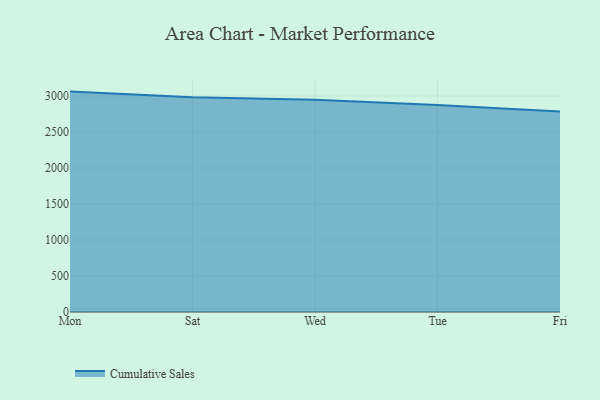
{"axis": {"x": "Day", "y": "Inventory Turnover"}, "legend": ["Cumulative Sales"], "data": [{"x": "Mon", "y": 3061.8, "type": "Cumulative Sales"}, {"x": "Sat", "y": 2984.9, "type": "Cumulative Sales"}, {"x": "Wed", "y": 2949.1, "type": "Cumulative Sales"}, {"x": "Tue", "y": 2875.7, "type": "Cumulative Sales"}, {"x": "Fri", "y": 2785.0, "type": "Cumulative Sales"}]}